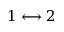
1 \longleftrightarrow 2